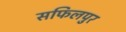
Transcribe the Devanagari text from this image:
सफिलपुर